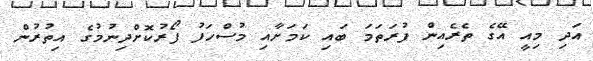
އަދި މިއީ އޭގެ ތެރެއިން ފުރަތަމަ ބައި ކަމަށާއި މުސްހަފު ފޯރުކޮށްދިނުމުގެ އިތުރުން